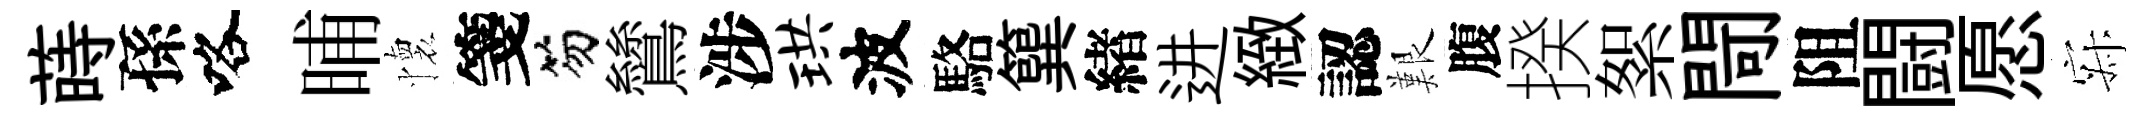
蒔孫咯晡懷箋笏鷥涉珙波駱簨緖进緻認艱腹揆絮閜阻闘愿寂